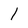
Character: 1